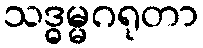
သဒ္ဓမ္မဂရုတာ